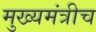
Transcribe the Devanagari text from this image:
मुख्यमंत्रीच